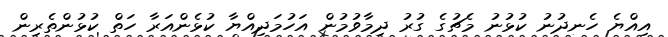
އިއްޔެ ހެނދުނު ކުޅުނު މެޗުގެ ގުރު ދިމާވުމުން އަހުމަދިއްޔާ ކުޅެންއަރާ ހަތް ކުޅުންތެރިން